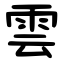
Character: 雲